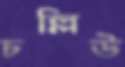
চল্লিউ